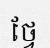
ថ្វែ